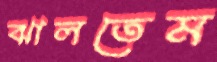
ঝালতেম